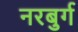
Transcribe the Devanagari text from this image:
नरबुर्ग